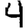
Digit: 4